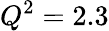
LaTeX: Q^{2}=2.3